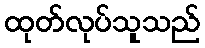
ထုတ်လုပ်သူသည်